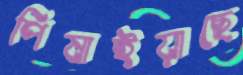
পিষাইয়াছে